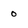
Character: 0